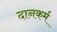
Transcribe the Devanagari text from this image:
दानकर्म